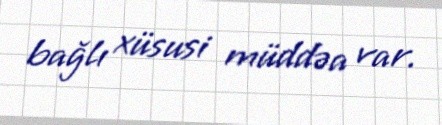
bağlı xüsusi müddəa var.